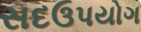
સદઉપયોગ